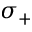
\sigma _ { + }